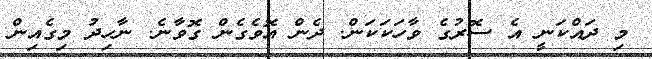
މި ދައްކަނީ އެ ސޮރުގެ ވާހަކަކަން. ދެން އޮވެގެން ގޮވާނެ. ނާހިދު މިގެއިން